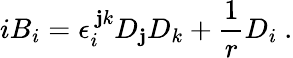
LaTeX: iB_{i}=\epsilon_{i}^{~\mathbf{j}k}D_{\mathbf{j}}D_{k}+\frac{{1}}{{r}}D_{i}~.